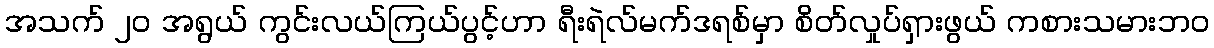
အသက် ၂၀ အရွယ် ကွင်းလယ်ကြယ်ပွင့်ဟာ ရီးရဲလ်မက်ဒရစ်မှာ စိတ်လှုပ်ရှားဖွယ် ကစားသမားဘဝ